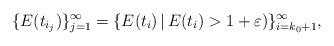
LaTeX: \begin{align*} \{E(t_{i_j})\}_{j=1}^{\infty} = \{ E(t_i)\, | \, E(t_i) > 1 + \varepsilon)\}_{i=k_0+1}^{\infty}, \end{align*}